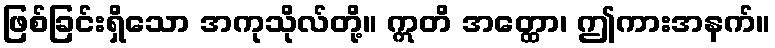
ဖြစ်ခြင်းရှိသော အကုသိုလ်တို့။ ဣတိ အတ္ထော၊ ဤကားအနက်။